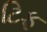
ટિફ